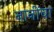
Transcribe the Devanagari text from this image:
नानींचा